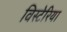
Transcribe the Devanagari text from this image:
विस्टेरिया